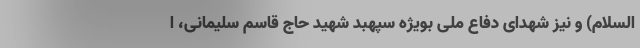
السلام) و نیز شهدای دفاع ملی بویژه سپهبد شهید حاج قاسم سلیمانی، ا